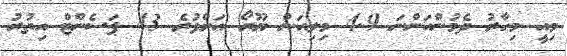
މިއީ މިހާރު ދެމުންއަންނަ 4.9 މިލިއަން ޔޫރޯ އަށްވުރެ 43 ޕަސެންޓް އިތުރު